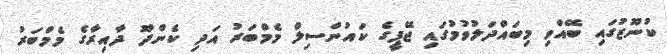
ކުނޫޒުގައި ބޭއްވި މިބައްދަލުވުމުގައި ޖޭޕީގެ ކައުންސިލް މެމްބަރު އަދި ކެންދޫ ދާއިރާގެ މެމްބަރު